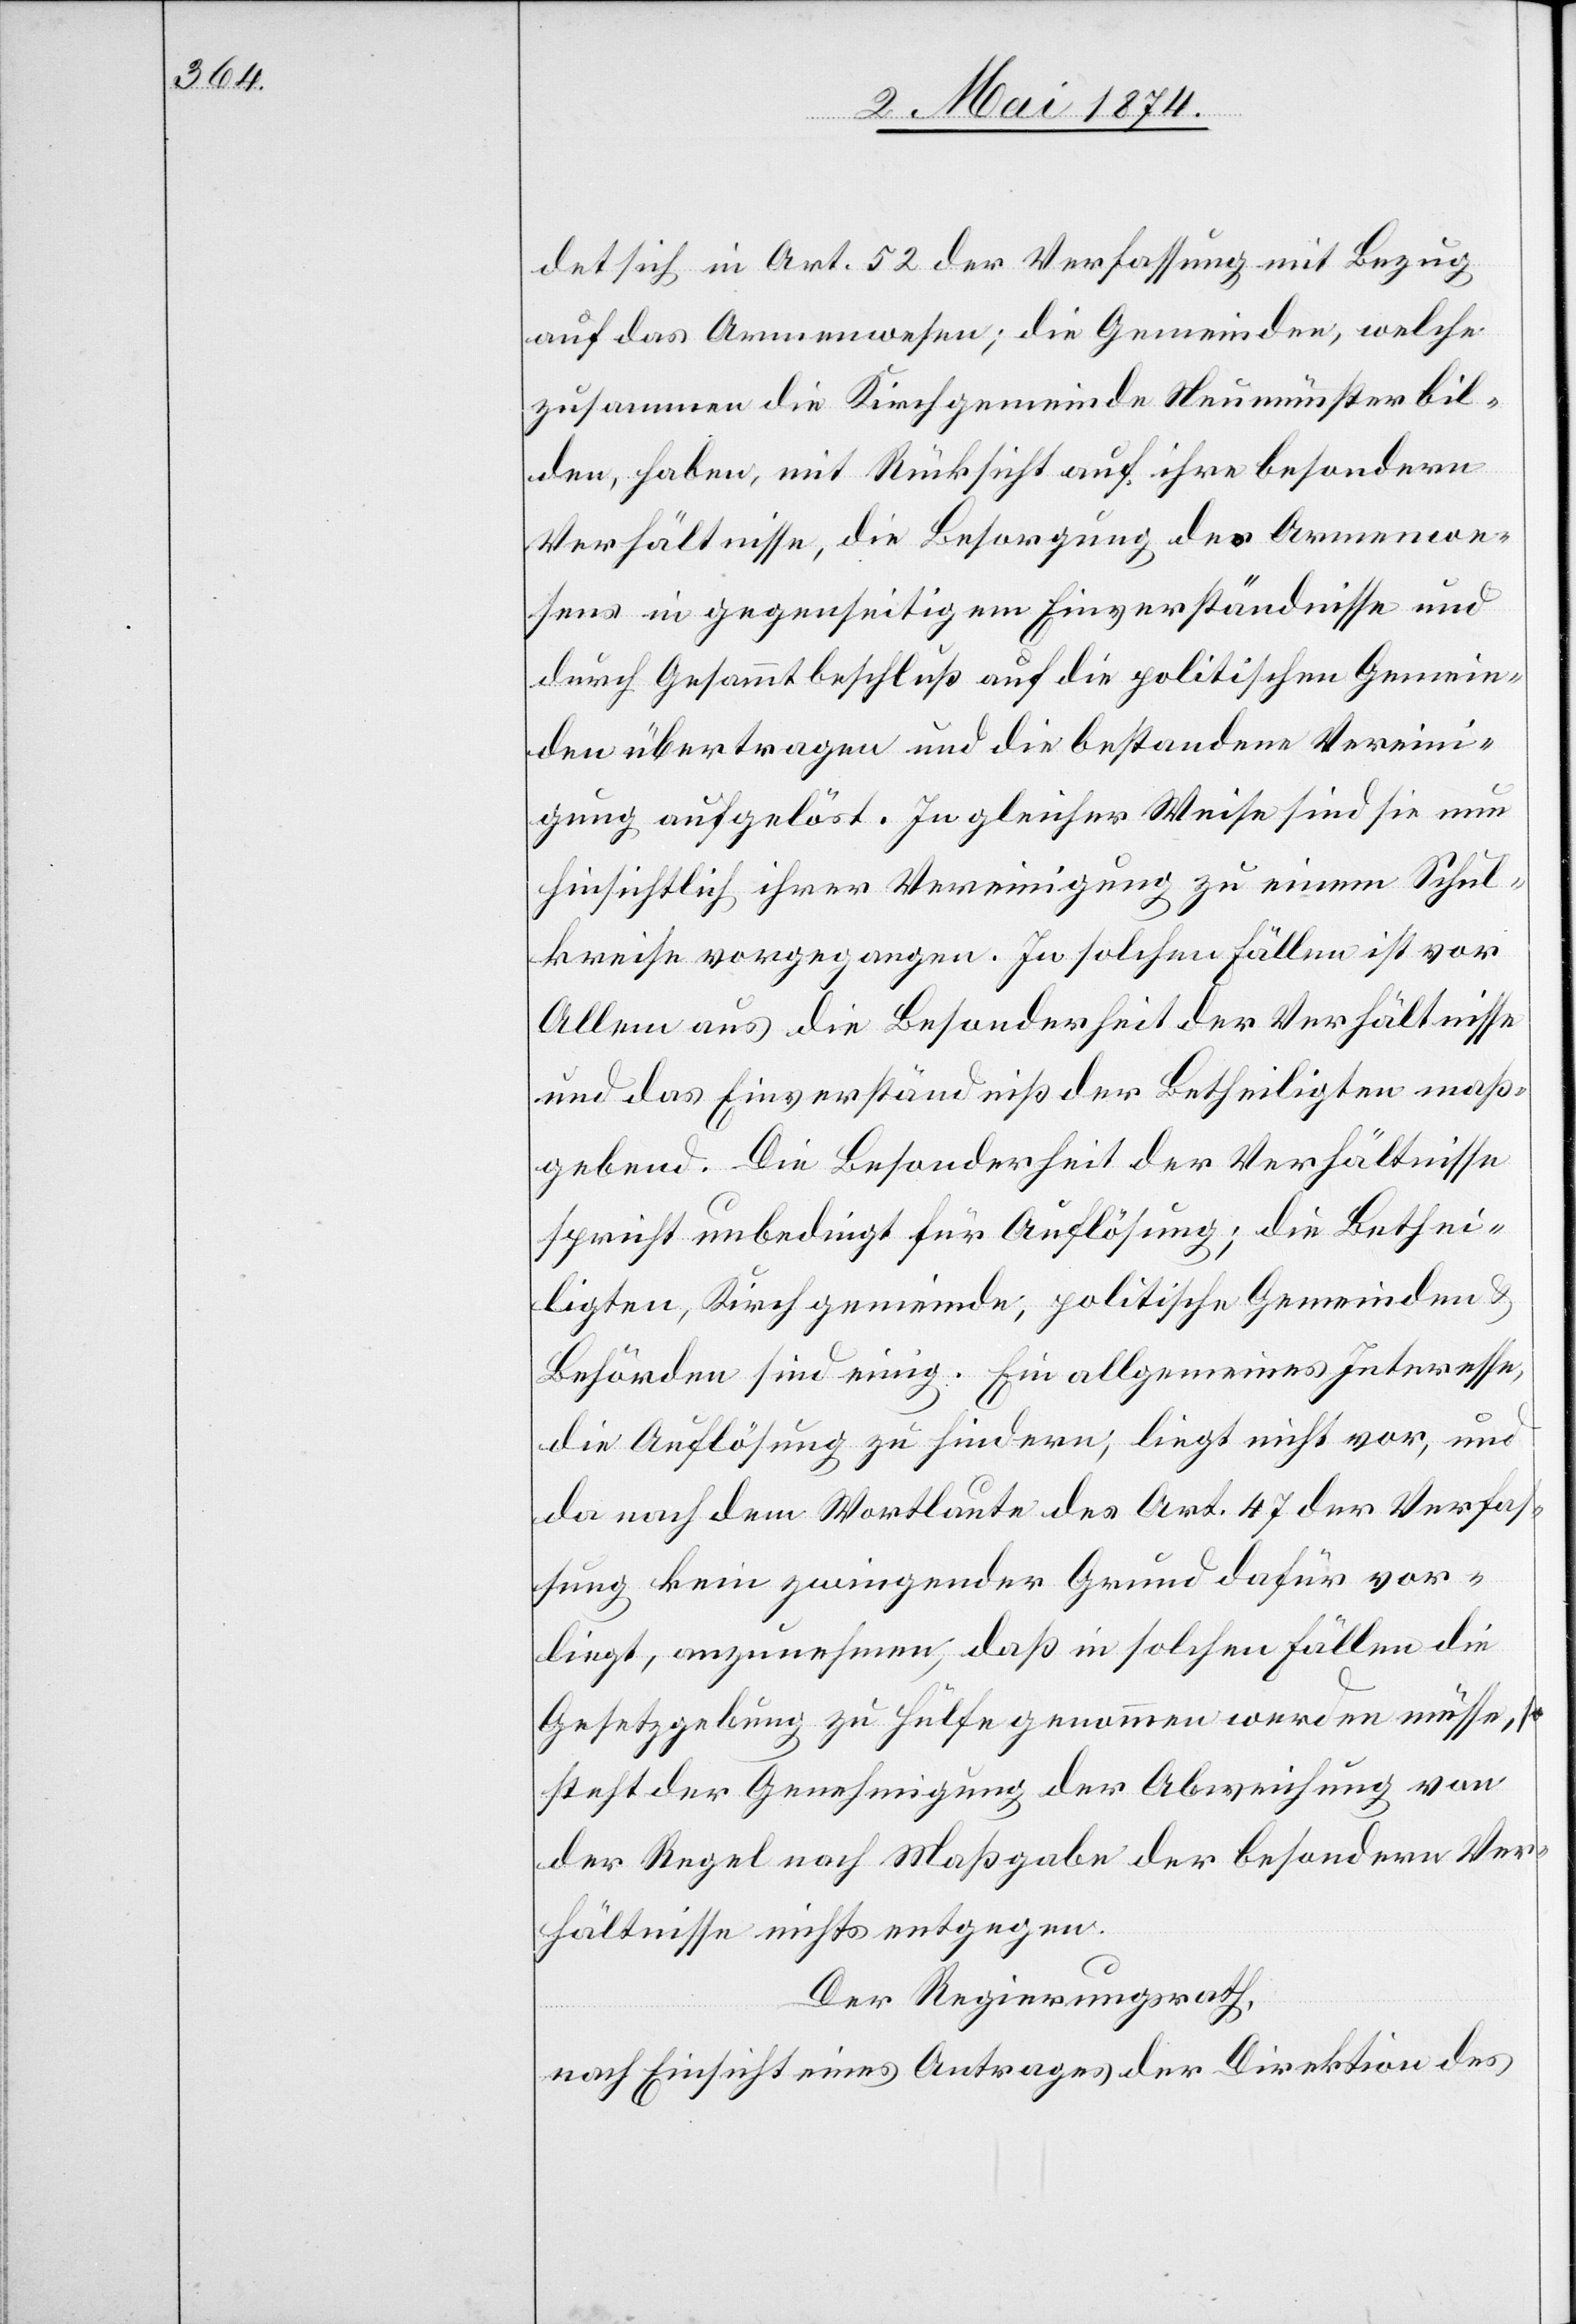
det sich in Art. 52 der Verfassung mit Bezug
auf das Armenwesen; die Gemeinden, welche
zusammen die Kirchgemeinde Neumünster bil¬
den, haben, mit Rücksicht auf ihre besondere
Verhältnisse, die Besorgung des Armenwe¬
sens in gegenseitigem Einverständnisse und
durch Gesammtbeschluß auf die politischen Gemein¬
den übertragen und die bestandene Vereini¬
gung aufgelöst. In gleicher Weise sind sie nun
hinsichtlich ihrer Vereinigung zu einem Schul¬
kreise vorgegangen. In solchen Fällen ist vor
Allem aus die Besonderheit der Verhältnisse
und das Einverständniß der Betheiligten maß¬
gebend. Die Besonderheit der Verhältnisse
spricht unbedingt für Auflösung; die Bethei¬
ligten, Kirchgemeinde, politische Gemeinden
Behörden sind einig. Ein allgemeines Interesse,
die Auflösung zu finden, liegt nicht vor, und
da nach dem Wortlaute des Art. 47 der Verfas¬
sung kein zwingender Grund dafür vor¬
liegt, anzunehmen, daß in solchen Fällen die
Gesetzgebung zu Hülfe genommen werden müsse, so
steht der Genehmigung der Abweichung von
der Regel nach Maßgabe der besondern Ver¬
hältnisse nichts entgegen.
Der Regierungsrath,
nach Einsicht eines Antrages der Direktion des